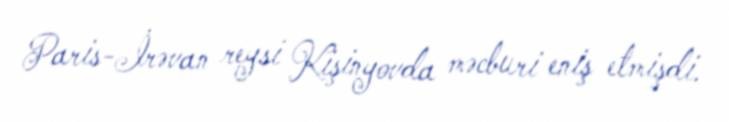
Paris-İrəvan reysi Kişinyovda məcburi eniş etmişdi.